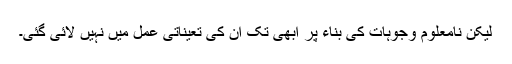
لیکن نامعلوم وجوہات کی بناء پر ابھی تک ان کی تعیناتی عمل میں نہیں لائی گئی۔